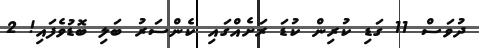
ދުވަސް 11 ގަޑި ކުރިން ކުޑަ ރަށެއްގައި ކެންސަރު ބަލި ބޮޑުވެފައި! 2